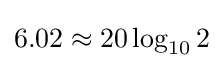
6.02\approx 20\log _{10}2